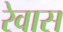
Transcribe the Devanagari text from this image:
रेवास